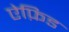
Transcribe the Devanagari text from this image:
ऐफ़िड